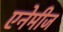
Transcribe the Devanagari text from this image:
एनेमीज